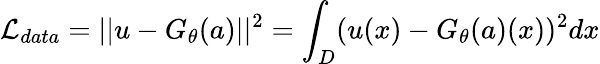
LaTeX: \mathcal{L}_{data}=||u-G_{\theta}(a)||^{2}=\int_{D}(u(x)-G_{\theta}(a)(x))^{2}dx